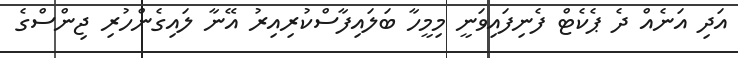
އަދި އަނެއް ދެ ޕެކެޓް ފެނިފައިވަނީ މިމީހާ ބަލައިފާސްކުރިއިރު އޭނާ ލައިގެންހުރި ޖިންސްގެ